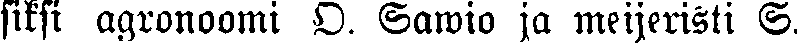
siksi agronoomi O. Sawio ja meijeristi S.